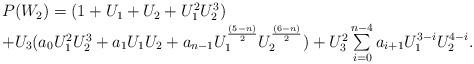
LaTeX: \begin{align*}\begin {array}{lcr}P(W_2)=(1+U_1+U_2+U_1^2U_2^3)\\+ U_3( a_0U_1^2U_2^3+ a_1 U_1U_2+a_{n-1}U_1^{{(5-n)\over 2 }}U_2^{{(6-n)\over 2 }})+ U_3^2\sum\limits _{i=0}^{n-4}a_{i+1}U_1^{3-i}U_2^{4-i}. \end{array}\end{align*}